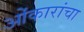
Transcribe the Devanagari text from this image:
ओंकारांचा